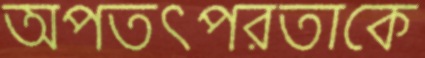
অপতত্পরতাকে